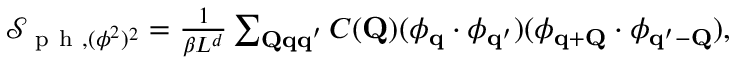
\begin{array} { r } { \mathcal { S } _ { \mathrm { ~ p ~ h ~ } , ( \boldsymbol { \phi } ^ { 2 } ) ^ { 2 } } = \frac { 1 } { \beta L ^ { d } } \sum _ { \mathbf { Q q q } ^ { \prime } } C ( \mathbf { Q } ) ( \boldsymbol { \phi } _ { \mathbf { q } } \cdot \boldsymbol { \phi } _ { \mathbf { q } ^ { \prime } } ) ( \boldsymbol { \phi } _ { \mathbf { q + Q } } \cdot \boldsymbol { \phi } _ { \mathbf { q ^ { \prime } - Q } } ) , } \end{array}